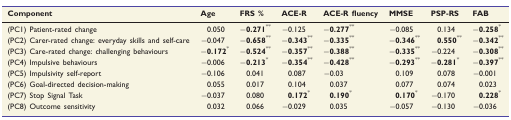
| Component | Age | FRS % | ACE-R | ACE-R fluency | MMSE | PSP-RS | FAB |
 | --- | --- | --- | --- | --- | --- | --- | --- |
 | (PC1) Patient-rated change | 0.050 | −0.271** | −0.125 | −0.277** | −0.085 | 0.134 | −0.258* |
 | (PC2) Carer-rated change: everyday skills and self-care | −0.047 | −0.658** | −0.343** | −0.335** | −0.346** | 0.550** | −0.342** |
 | (PC3) Care-rated change: challenging behaviours | −0.172* | −0.524** | −0.357** | −0.388** | −0.335** | −0.224 | −0.308** |
 | (PC4) Impulsive behaviours | −0.006 | −0.213* | −0.354** | −0.428** | −0.293** | −0.281* | −0.397** |
 | (PC5) Impulsivity self-report | −0.106 | 0.041 | 0.087 | −0.03 | 0.109 | 0.078 | −0.001 |
 | (PC6) Goal-directed decision-making | 0.055 | 0.017 | 0.104 | 0.037 | 0.077 | 0.074 | 0.023 |
 | (PC7) Stop Signal Task | −0.037 | 0.080 | 0.172* | 0.190* | 0.170* | −0.170 | 0.228* |
 | (PC8) Outcome sensitivity | 0.032 | 0.066 | −0.029 | 0.035 | −0.057 | −0.130 | −0.036 |